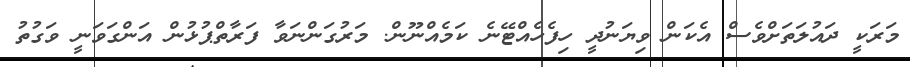
މަރަކީ ދައުލަތަށްވެސް އެކަން ވިޔަނުދީ ހިފެހެއްޓޭނެ ކަމެއްނޫން. މަރުގަންނަވާ ފަރާތްޕުޅުން އަންގަވަނީ ވަގުތު